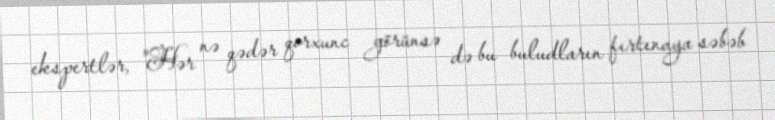
ekspertlər, "Hər nə qədər qorxunc görünsə də bu buludların fırtınaya səbəb